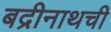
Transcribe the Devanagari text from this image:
बद्रीनाथची